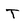
Character: T